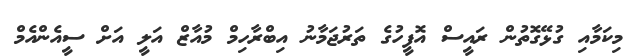
މިކަމާއި ގުޅޭގޮތުން ރައީސް އޮފީހުގެ ތަރުޖަމާނު އިބްރާހިމް މުއާޒް އަލީ އަށް ސީއެންއެމް